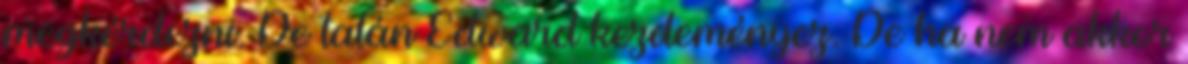
megkérdezni. De talán Edward kezdeményez. De ha nem akkor